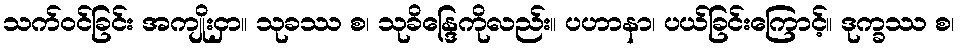
သက်ဝင်ခြင်း အကျိုးငှာ။ သုခဿ စ၊ သုခိန္ဒြေကိုလည်း။ ပဟာနာ၊ ပယ်ခြင်းကြောင့်။ ဒုက္ခဿ စ၊